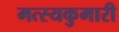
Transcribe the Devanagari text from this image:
मत्स्यकुमारी